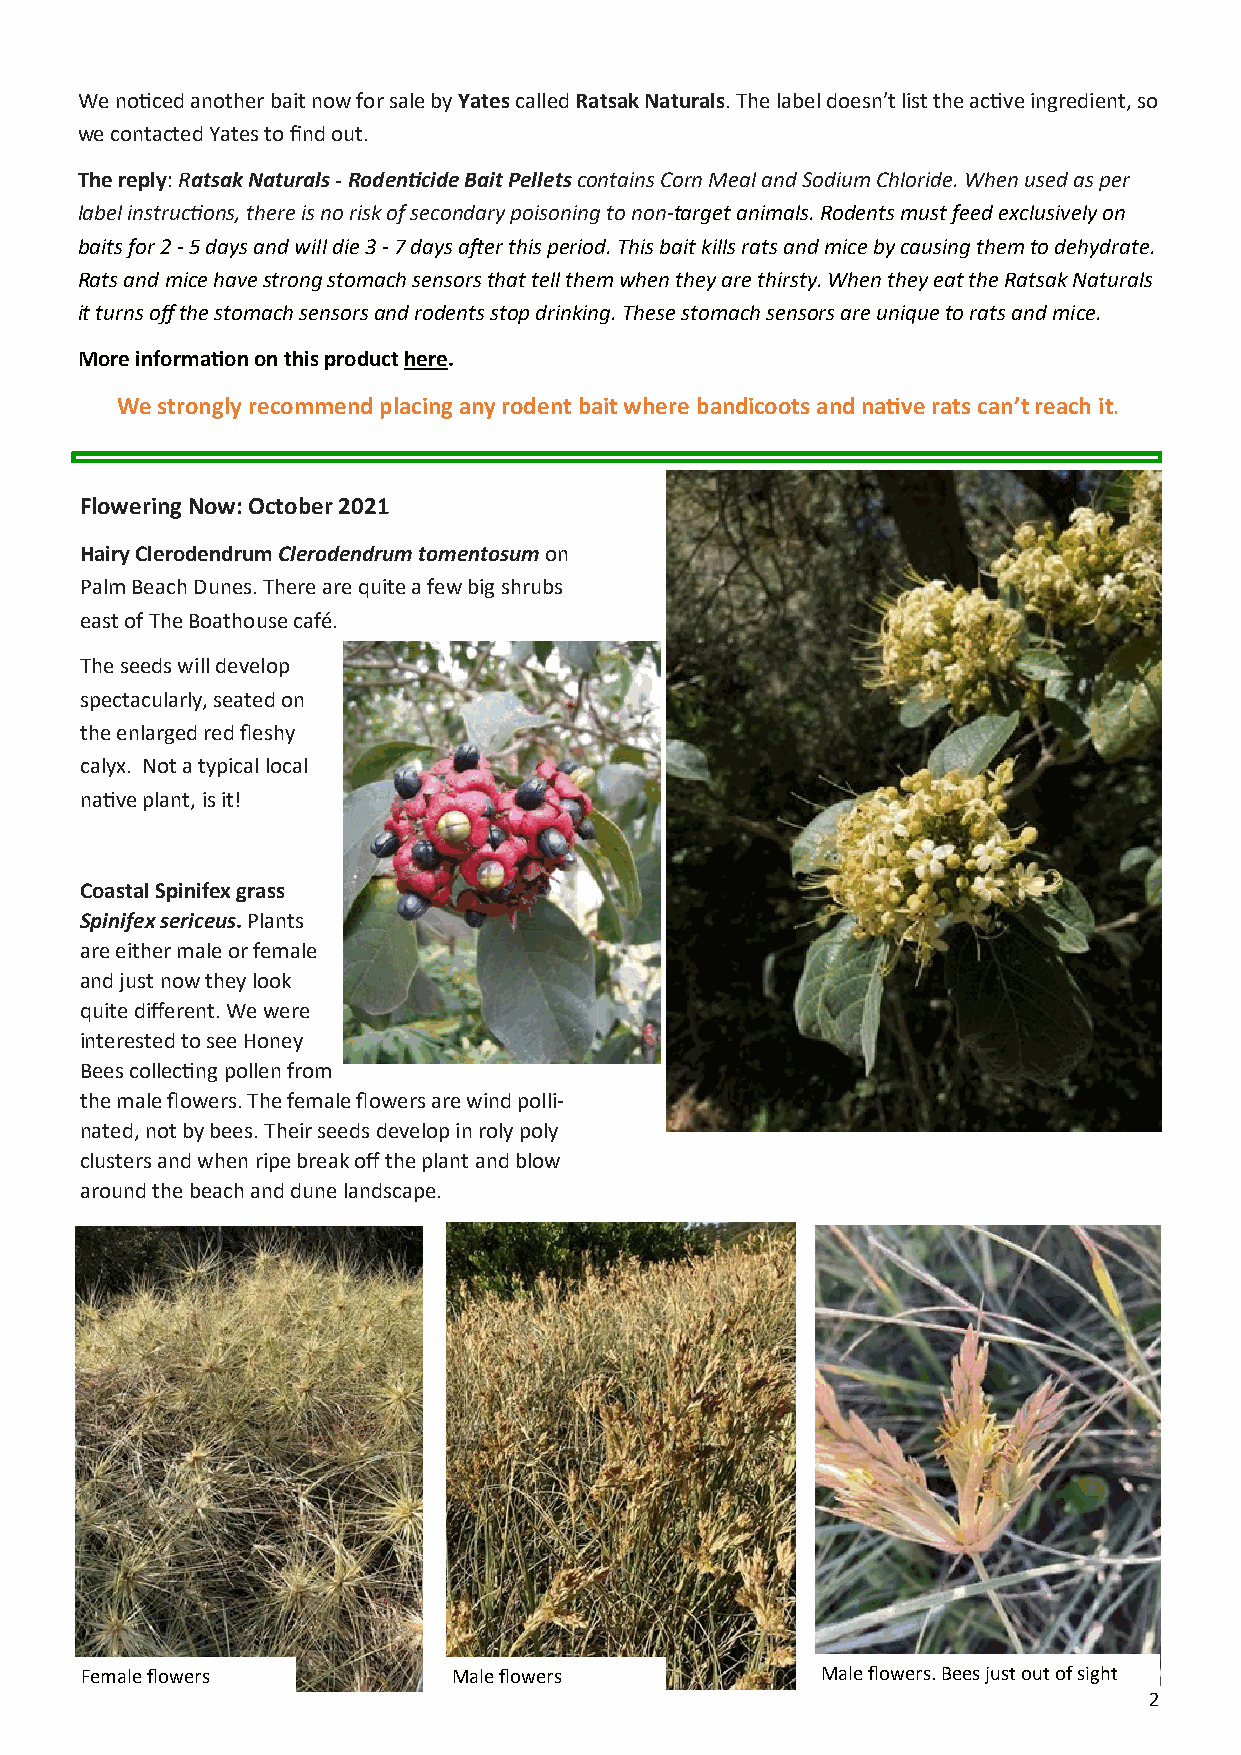
We noticed another bait now for sale by Yates called Ratsak Naturals. The label doesn’t list the active ingredient, so
 we contacted Yates to find out.
 The reply: Ratsak Naturals - Rodenticide Bait Pellets contains Corn Meal and Sodium Chloride. When used as per
 label instructions, there is no risk of secondary poisoning to non-target animals. Rodents must feed exclusively on
 baits for 2 - 5 days and will die 3 - 7 days after this period. This bait kills rats and mice by causing them to dehydrate.
 Rats and mice have strong stomach sensors that tell them when they are thirsty. When they eat the Ratsak Naturals
 it turns off the stomach sensors and rodents stop drinking. These stomach sensors are unique to rats and mice.
 More information on this product here.
 We strongly recommend placing any rodent bait where bandicoots and native rats can’t reach it.
 Flowering Now: October 2021
 Hairy Clerodendrum Clerodendrum tomentosum on
 Palm Beach Dunes. There are quite a few big shrubs
 east of The Boathouse café.
 The seeds will develop
 spectacularly, seated on
 the enlarged red fleshy
 calyx. Not a typical local
 native plant, is it!
 Coastal Spinifex grass
 Spinifex sericeus. Plants
 are either male or female
 and just now they look
 quite different. We were
 interested to see Honey
 Bees collecting pollen from
 the male flowers. The female flowers are wind polli-
 nated, not by bees. Their seeds develop in roly poly
 clusters and when ripe break off the plant and blow
 around the beach and dune landscape.
 Female flowers           MMaallee flfloowweerrss Male flowers. Bees just out of sight
 2